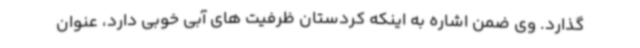
گذارد. وی ضمن اشاره به اینکه کردستان ظرفیت های آبی خوبی دارد، عنوان